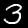
Digit: 3